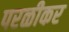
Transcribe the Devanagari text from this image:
परळीकर